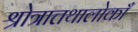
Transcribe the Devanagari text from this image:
श्रोत्रात्तथालोकाँ